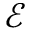
\mathcal { E }